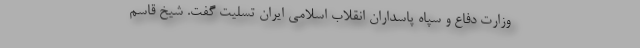
وزارت دفاع و سپاه پاسداران انقلاب اسلامی ایران تسلیت گفت. شیخ قاسم